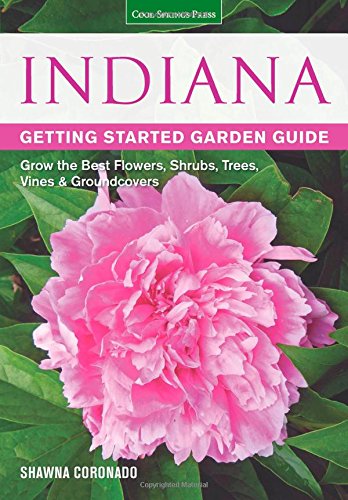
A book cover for Indiana Getting Started Garden Guide: Grow the Best Flowers, Shrubs, Trees, Vines & Groundcovers (Garden Guides); Shawna Coronado; Crafts, Hobbies & Home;